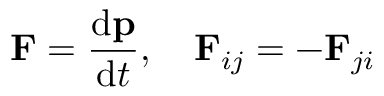
\mathbf { F } = { \frac { \mathrm { d } \mathbf { p } } { \mathrm { d } t } } , \quad \mathbf { F } _ { i j } = - \mathbf { F } _ { j i }